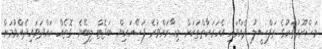
މަޝްރޫއުތަކުގެ ތަފްސީލު ދެއްވައި އެހަރަކާތްތަކަށް މިހާރަށްވުރެ ފަސޭހައިން ބަޖެޓް ލިބޭނެ ގޮތެއް ހައްދަވައިދެއްވުމަށް